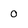
Character: 0